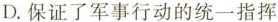
D.保证了军事行动的统一指挥